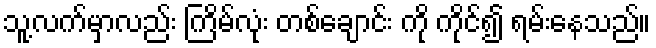
သူ့လက်မှာလည်း ကြိမ်လုံး တစ်ချောင်း ကို ကိုင်၍ ရမ်းနေသည်။